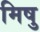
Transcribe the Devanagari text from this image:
मिषु